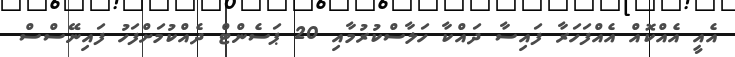
އެއީ އެއްކޮއް އެއްފަހަރާ ފައިސާ ދައްކާ ހަލާސްކުރުމާއި 20 ޕަސެންޓް ދެއްކުމަށްފަހު ފައިނޭސްސް